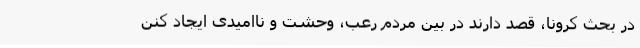
در بحث کرونا، قصد دارند در بین مردم رعب، وحشت و ناامیدی ایجاد کنن